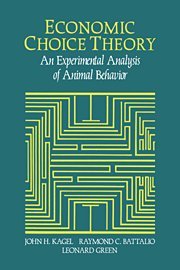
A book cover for Economic Choice Theory: An Experimental Analysis of Animal Behavior; John H. Kagel; Medical Books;